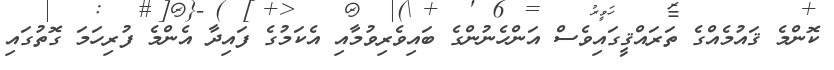
ކޮންމެ ޤައުމެއްގެ ތަރައްޤީގައިވެސް އަންހެނުންގެ ބައިވެރިވުމާއި އެކަމުގެ ފައިދާ އެންމެ ފުރިހަމަ ގޮތުގައި